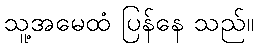
သူ့အမေထံ ပြန်နေ သည်။